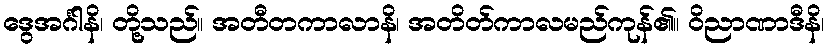
ဒွေအင်္ဂါနိ၊ တို့သည်။ အတီတကာလာနိ၊ အတိတ်ကာလမည်ကုန်၏။ ဝိညာဏာဒီနိ၊